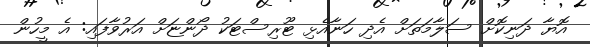
އޮޔާ ދަނިކޮށް ސަލާމަތަށް އެދި ހަނާއެޅި ޓޫރިސްޓަކު ދޯންޏަށް އަރުވާފައި: އެ މީހުން